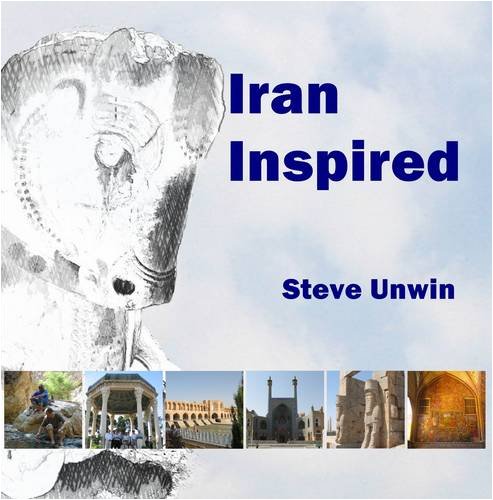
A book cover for Iran Inspired: Impressions of Iran Captured in Quotations and Drawings; Steve Unwin; Travel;